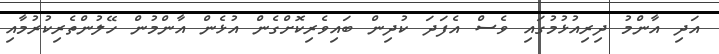
އަދި އާންމު ދިރިއުޅުމުގައި ވެސް އެފަދަ ކުދިން ބައިވެރިކޮށްގެން އުޅެން އާންމުން ހޭލުންތެރިކުރުމާއި